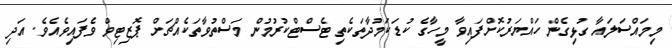
މިމައްސަލައާ ގުޅިގެން ހައްޔަރުކޮށްފައިވާ މީހާގެ ކުޑަކަމުދާތަކެތި ޓެސްޓްކުރުމުން މަސްތުވާތަކެއްޗަށް ޕޮޒިޓިވް ވެފައިވެއެވެ. އަދި